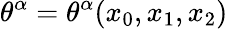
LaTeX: \theta^{\alpha}=\theta^{\alpha}(x_{0},x_{1},x_{2})